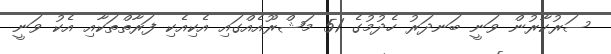
ސަރުކާރުން ވަނީ ބަނދަރު ހެދުމުގެ 51 މަޝްރޫއެއްގައި އެކިއެކި ފަރާތްތަކާއި އެކު ވަނީ